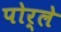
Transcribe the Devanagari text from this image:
पोर्ले